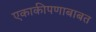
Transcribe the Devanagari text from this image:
एकाकीपणाबाबत